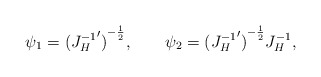
\begin{align*}\psi_1={({J_H^{-1}}')}^{-{1\over 2}},\qquad \psi_2={({J_H^{-1}}')}^{-{1\over 2}} J_H^{-1}, \end{align*}